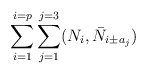
\begin{align*}\sum_{i=1}^{i=p} \sum_{j=1}^{j=3} (N_i, \bar{N}_{i \pm a_j})\end{align*}